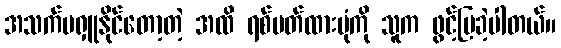
အသက်မရှူနိုင်တော့တဲ့ အထိ ရစ်ပတ်ထားပုံကို သူက ဖွင့်ပြခဲ့ပါတယ်။